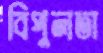
বিপুলতা